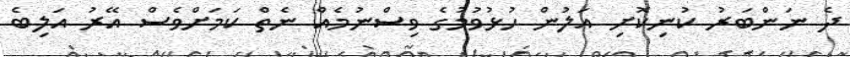
ދެ ނަންބަރު ކުނިކޮށި އަލުން ހުޅުވުމުގެ ވިސްނުމެއް ނެތް ކަމަށްވެސް އޭރު އަލިބެ